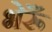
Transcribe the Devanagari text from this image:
भेरूँ